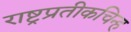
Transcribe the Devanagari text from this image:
राष्ट्रप्रतीकचिन्ह